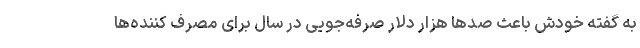
به گفته خودش باعث صدها هزار دلار صرفه‌جویی در سال برای مصرف کننده‌ها